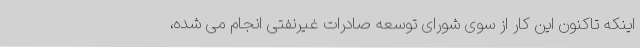
اینکه تاکنون این کار از سوی شورای توسعه صادرات غیرنفتی انجام می شده،